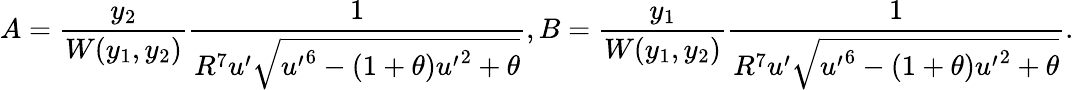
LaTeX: A=\frac{y_{2}}{W(y_{1},y_{2})}\frac{1}{R^{7}u^{\prime}\sqrt{{u^{\prime}}^{6}-(1+\theta){u^{\prime}}^{2}+\theta}},B=\frac{y_{1}}{W(y_{1},y_{2})}\frac{1}{R^{7}u^{\prime}\sqrt{{u^{\prime}}^{6}-(1+\theta){u^{\prime}}^{2}+\theta}}.